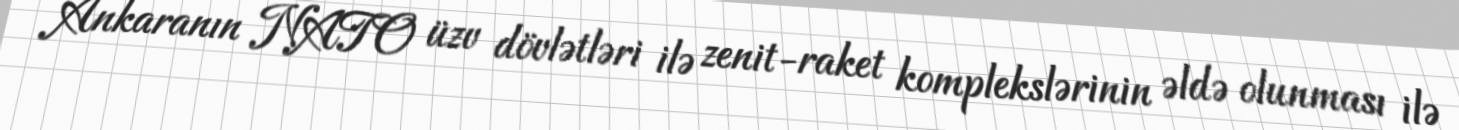
Ankaranın NATO üzv dövlətləri ilə zenit-raket komplekslərinin əldə olunması ilə